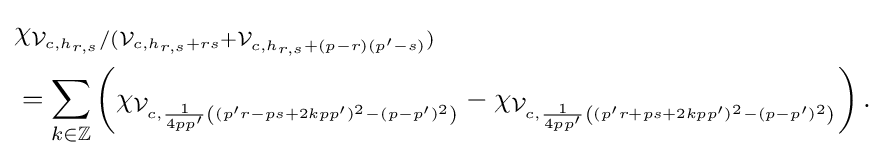
{\begin{aligned}&\chi _{{\mathcal {V}}_{c,h_{r,s}}/({\mathcal {V}}_{c,h_{r,s}+rs}+{\mathcal {V}}_{c,h_{r,s}+(p-r)(p'-s)})}\\&=\sum _{k\in \mathbb {Z} }\left(\chi _{{\mathcal {V}}_{c,{\frac {1}{4pp'}}\left((p'r-ps+2kpp')^{2}-(p-p')^{2}\right)}}-\chi _{{\mathcal {V}}_{c,{\frac {1}{4pp'}}\left((p'r+ps+2kpp')^{2}-(p-p')^{2}\right)}}\right).\end{aligned}}